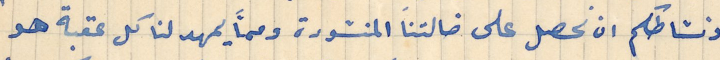
ونشاطكم ان نحصل على ضالتنا المنشودة وعمَا يمهد لنا كل عقبة هو